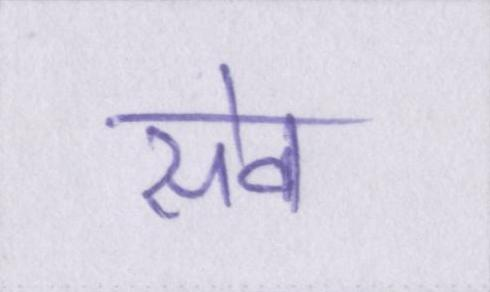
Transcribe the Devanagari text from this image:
सेव